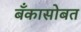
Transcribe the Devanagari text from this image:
बँकासोबत